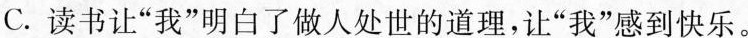
C. 读书让“我”明白了做人处世的道理，让“我”感到快乐。